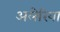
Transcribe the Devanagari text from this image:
अलेरिया